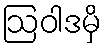
ဩဝါဒမှိ